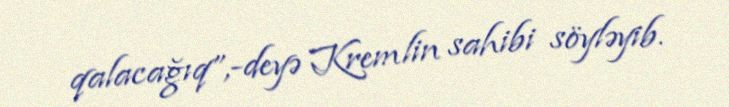
qalacağıq”,-deyə Kremlin sahibi söyləyib.